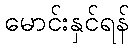
မောင်းနှင်ရန်